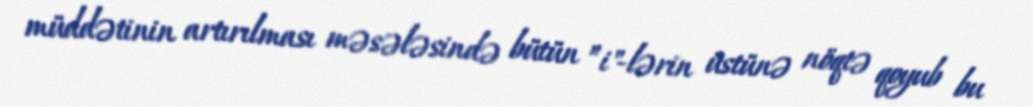
müddətinin artırılması məsələsində bütün ”i"-lərin üstünə nöqtə qoyub bu